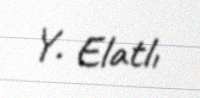
Y. Elatlı